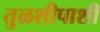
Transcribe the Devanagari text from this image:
तुळशीपाशी